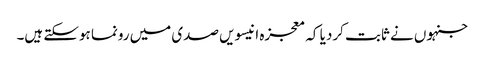
جنہوں نے ثابت کردیا کہ معجزہ انیسویں صدی میں رونما ہوسکتے ہیں۔